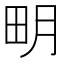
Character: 𤰾